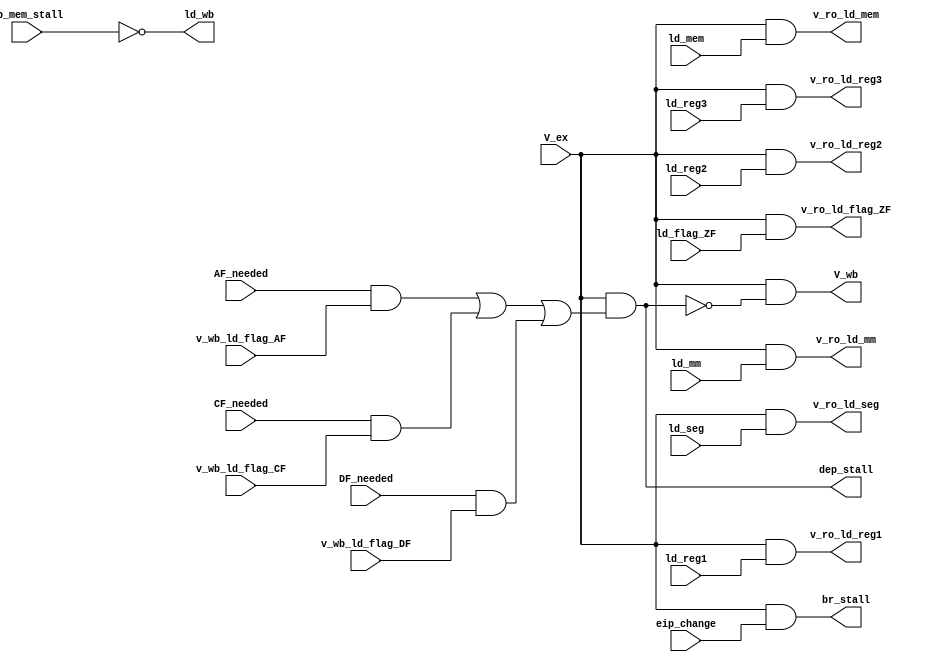
module ex_dep_v_ld_logic(
  input      V_ex           ,
  input      eip_change     ,
  input      AF_needed      ,
  input      DF_needed      ,
  input      CF_needed      ,
  input      v_wb_ld_flag_AF,
  input      v_wb_ld_flag_DF,
  input      v_wb_ld_flag_CF,
  input      wb_mem_stall   ,
  
  input      ld_reg1        ,
  input      ld_reg2        ,
  input      ld_reg3        ,
  input      ld_flag_ZF     ,
  input      ld_seg         ,
  input      ld_mm          ,
  input      ld_mem         ,
  output     v_ro_ld_reg1   ,
  output     v_ro_ld_reg2   ,
  output     v_ro_ld_reg3   ,
  output     v_ro_ld_flag_ZF,
  output     v_ro_ld_seg    ,
  output     v_ro_ld_mm     ,
  output     v_ro_ld_mem    ,

  output     dep_stall      ,
  output     br_stall       ,
  output     V_wb           ,
  output     ld_wb          
);

assign v_ro_ld_reg1   = V_ex & ld_reg1   ;
assign v_ro_ld_reg2   = V_ex & ld_reg2   ;
assign v_ro_ld_reg3   = V_ex & ld_reg3   ;
assign v_ro_ld_flag_ZF= V_ex & ld_flag_ZF;
assign v_ro_ld_seg    = V_ex & ld_seg    ;
assign v_ro_ld_mm     = V_ex & ld_mm     ;
assign v_ro_ld_mem    = V_ex & ld_mem    ;

assign dep_stall = V_ex & ( (AF_needed && v_wb_ld_flag_AF) ||
                            (CF_needed && v_wb_ld_flag_CF) ||
                            (DF_needed && v_wb_ld_flag_DF) );

assign br_stall = V_ex & eip_change;

assign V_wb = V_ex & !dep_stall;

assign ld_wb = !(wb_mem_stall);

endmodule